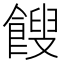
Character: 餿